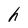
Character: h